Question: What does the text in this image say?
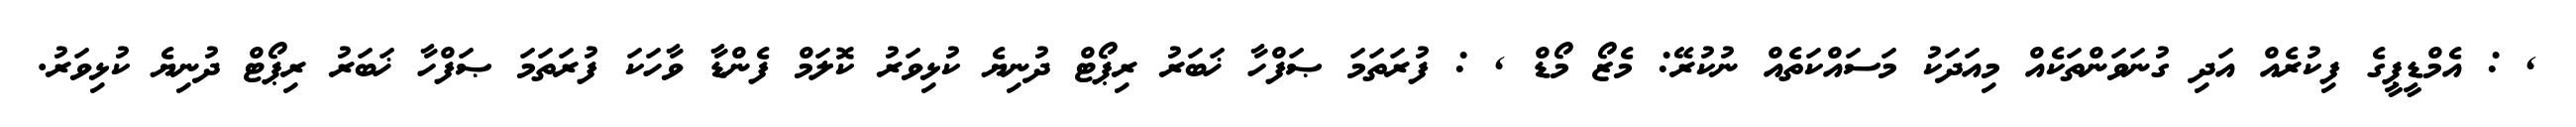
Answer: , : އެމްޑީޕީގެ ފިކުރެއް އަދި ގުނަވަންތަކެއް މިއަދަކު މަސައްކަތެއް ނުކުރޭ: މެޒޯ މޯޑް , : ފުރަތަމަ ޞަފްހާ ޚަބަރު ރިޕޯޓް ދުނިޔެ ކުޅިވަރު ކޮލަމް ފެންޑާ ވާހަކަ ފުރަތަމަ ޞަފްހާ ޚަބަރު ރިޕޯޓް ދުނިޔެ ކުޅިވަރު.